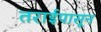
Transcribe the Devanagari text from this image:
तराईपासून